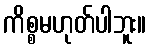
ကိစ္စမဟုတ်ပါဘူး။